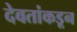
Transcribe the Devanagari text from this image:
देवतांकडून